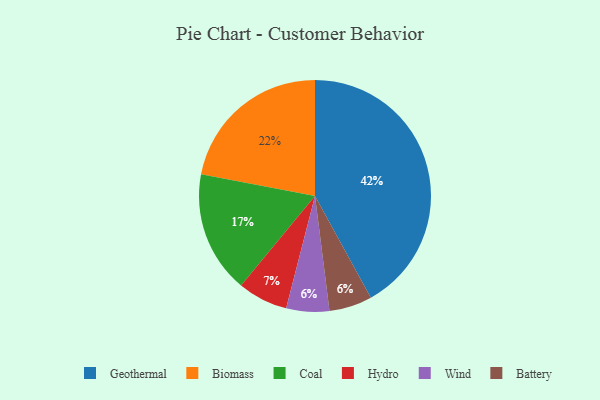
{"axis": {"x": "Category", "y": "Percentage"}, "legend": ["Battery", "Biomass", "Coal", "Geothermal", "Hydro", "Wind"], "data": [{"x": "Geothermal", "y": 42, "type": "Geothermal"}, {"x": "Wind", "y": 6, "type": "Wind"}, {"x": "Hydro", "y": 7, "type": "Hydro"}, {"x": "Coal", "y": 17, "type": "Coal"}, {"x": "Battery", "y": 6, "type": "Battery"}, {"x": "Biomass", "y": 22, "type": "Biomass"}]}